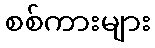
စစ်ကားများ